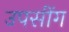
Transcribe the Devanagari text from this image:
उपसींग